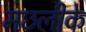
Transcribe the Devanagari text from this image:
मछलीके